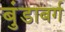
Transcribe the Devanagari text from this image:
बुंडाबर्ग